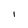
Character: I